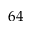
6 4